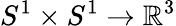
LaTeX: S^{1}\times S^{1}\to\mathbb{R}^{3}